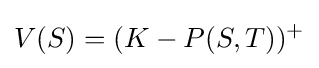
V(S)=(K-P(S,T))^{+}